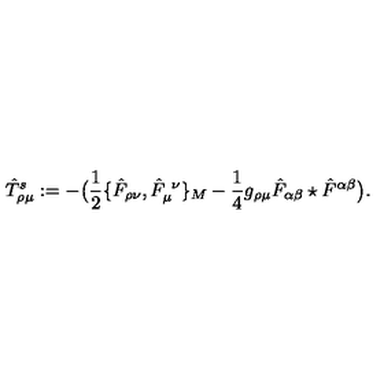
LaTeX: \hat { T } _ { \rho \mu } ^ { s } : = - \big ( { \frac { 1 } { 2 } } \{ \hat { F } _ { \rho \nu } , \hat { F } _ { \mu } ^ { \ \nu } \} _ { M } - { \frac { 1 } { 4 } } g _ { \rho \mu } \hat { F } _ { \alpha \beta } \star \hat { F } ^ { \alpha \beta } \big ) .